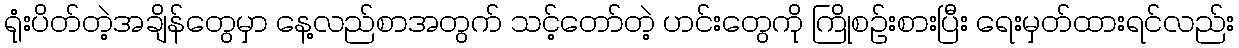
ရုံးပိတ်တဲ့အချိန်တွေမှာ နေ့လည်စာအတွက် သင့်တော်တဲ့ ဟင်းတွေကို ကြိုစဉ်းစားပြီး ရေးမှတ်ထားရင်လည်း